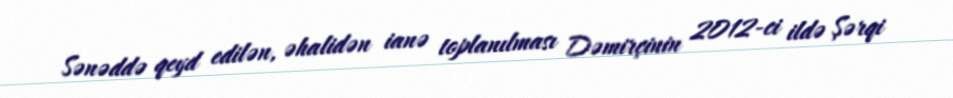
Sənəddə qeyd edilən, əhalidən ianə toplanılması Dəmirçinin 2012-ci ildə Şərqi